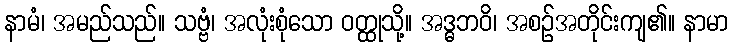
နာမံ၊ အမည်သည်။ သဗ္ဗံ၊ အလုံးစုံသော ဝတ္ထုသို့။ အဒ္ဓဘဝိ၊ အစဉ်အတိုင်းကျ၏။ နာမာ